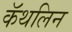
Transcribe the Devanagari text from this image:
कॅथलिन